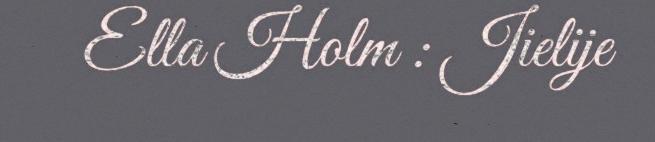
Ella Holm : Jielije